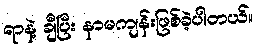
ရာနဲ့ ချီပြီး နာမကျန်းဖြစ်ခဲ့ပါတယ်။